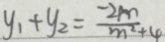
y _ { 1 } + y _ { 2 } = \frac { - 2 _ { m } } { m ^ { 2 } + 4 }